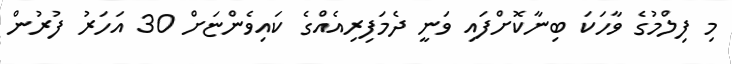
މި ފިލްމުގެ ވާހަކަ ބިނާކޮށްފައި ވަނީ ދެމަފިރިއެއްގެ ކައިވެންޏަށް 30 އަހަރު ފުރުން